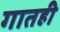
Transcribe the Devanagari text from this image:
गातही